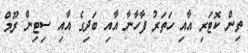
ތިން ކޮޓަރި އާއި ހަތަރު ފާހާނާ އާއި ބަދިގެ އާއި ސިޓިން ރޫމް